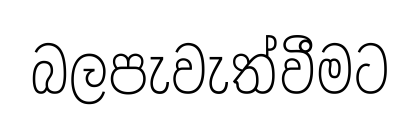
බලපැවැත්වීමට